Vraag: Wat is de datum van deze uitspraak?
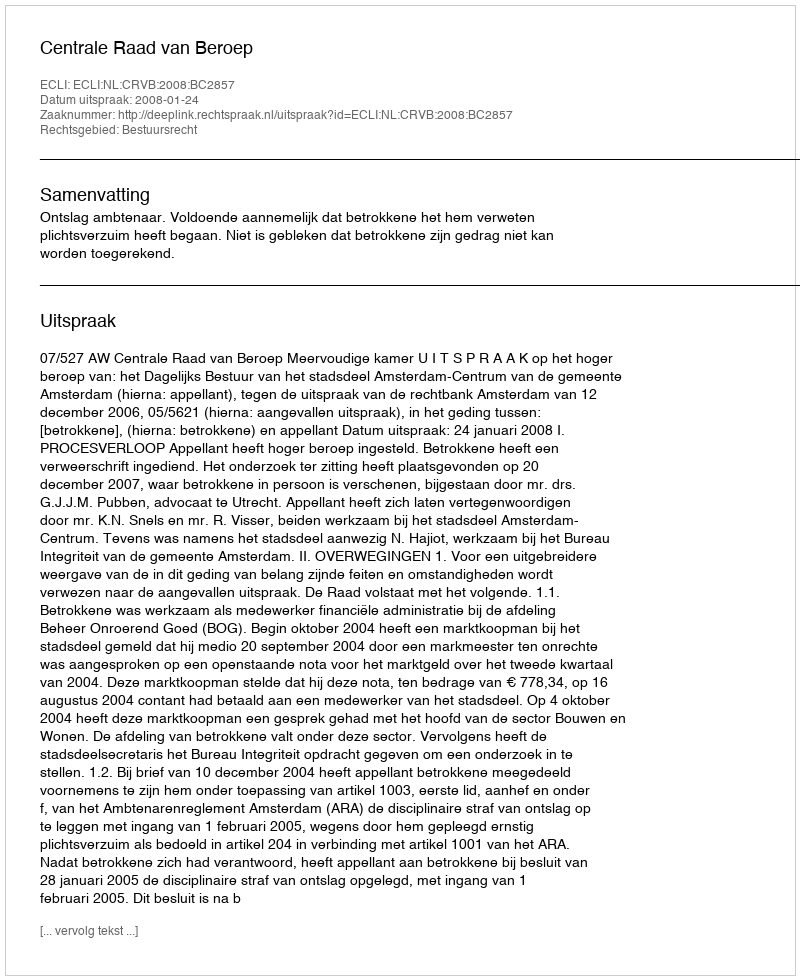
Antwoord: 2008-01-24